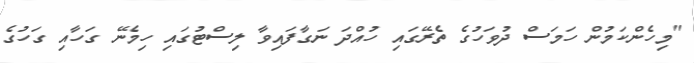
"މިހެންކަމުން ހަމަސް ދުވަހުގެ ތެރޭގައި ހުއްދަ ނަގާފައިވާ ލިސްޓުގައި ހިމެނޭ ގަހާއި ގަހުގެ